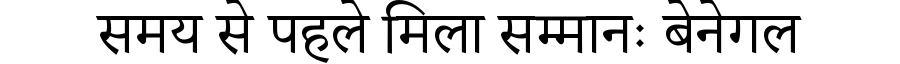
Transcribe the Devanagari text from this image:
समय से पहले मिला सम्मानः बेनेगल